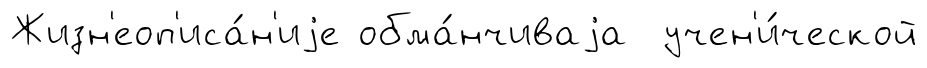
Жизн'еоп'иса́н'иjе обма́нчиваjа учен'и́ческой